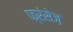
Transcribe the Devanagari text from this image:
फ्रंसेज़